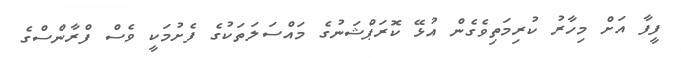
ފީފާ އަށް މިހާރު ކުރިމަތިވެގެން އުޅޭ ކޮރަޕްޝަނުގެ މައްސަލަތަކުގެ ފެށުމަކީ ވެސް ފްރާންސްގެ